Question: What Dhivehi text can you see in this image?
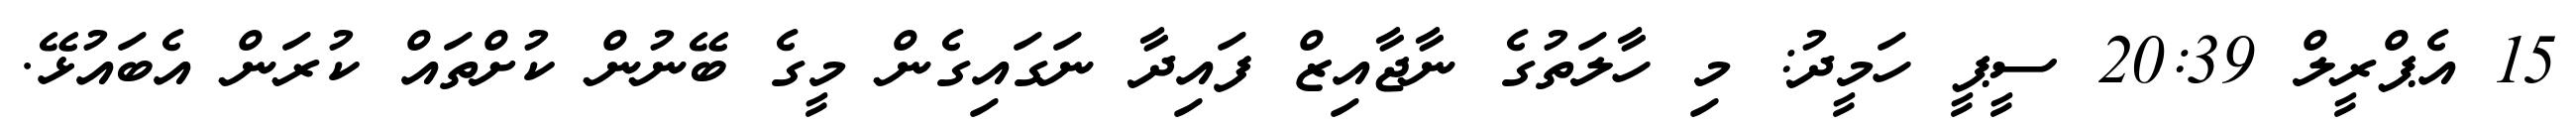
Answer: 15 އެޕްރީލް 20:39 ސީޕީ ހަމީދު: މި ހާލަތުގެ ނާޖާއިޒް ފައިދާ ނަގައިގެން މީގެ ބޭނުން ކުށްތައް ކުރަން އެބައުޅޭ.